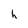
Character: h